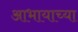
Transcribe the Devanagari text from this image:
आभायाच्या